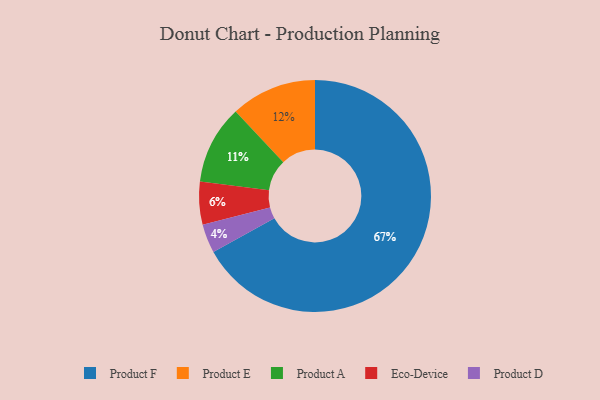
{"axis": {"x": "Category", "y": "Percentage"}, "legend": ["Eco-Device", "Product A", "Product D", "Product E", "Product F"], "data": [{"x": "Eco-Device", "y": 6, "type": "Eco-Device"}, {"x": "Product D", "y": 4, "type": "Product D"}, {"x": "Product F", "y": 67, "type": "Product F"}, {"x": "Product E", "y": 12, "type": "Product E"}, {"x": "Product A", "y": 11, "type": "Product A"}]}